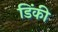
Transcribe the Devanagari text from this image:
डिंकी